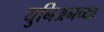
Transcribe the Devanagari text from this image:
युनिअनच्या